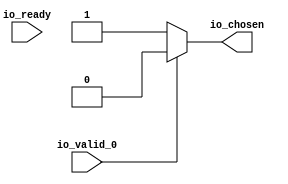
module RREncode_43(
    input  io_valid_0,
    output io_chosen,
    input  io_ready);
  wire choose;
  assign io_chosen = choose;
  assign choose = io_valid_0 ? 1'h0 : 1'h1;
endmodule